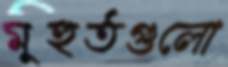
মুহুর্তগুলো